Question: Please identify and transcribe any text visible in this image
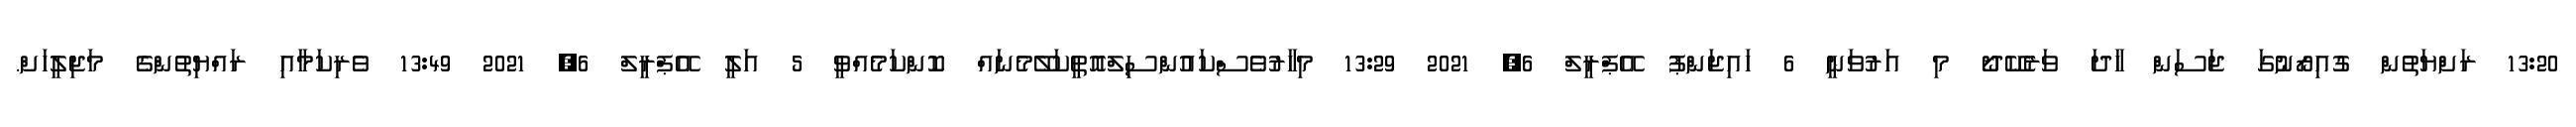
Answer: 13:20 ރަށްޔަތުން ގުއިރޯނުގަ ޖަސަން ހާދަ ވަރެކޭދޯ މި އަރުވަނީ 6 ހައިޖަންޕު އޭޕްރީލް 6, 2021 13:29 މިހާރުވެސްކައުންސިލްއޮތީކަލޭމެނައް ކޮންކަމެއްވީ 5 އަލީ އޭޕްރީލް 6, 2021 13:49 ވެރިކަމާއި ރައްޔިތުންގެ މަޖިލީހަށް.